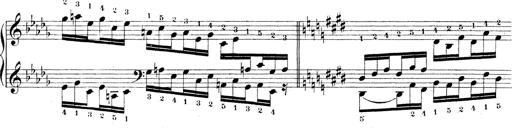
Title: Technische Studien
Composer: Franz Liszt